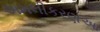
અમલીકરણઆ